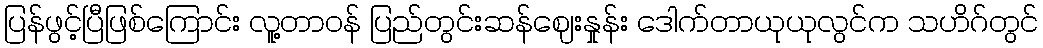
ပြန်ဖွင့်ပြီဖြစ်ကြောင်း လူ့တာဝန် ပြည်တွင်းဆန်ဈေးနှုန်း ဒေါက်တာယုယုလွင်က သဟိဂ်တွင်